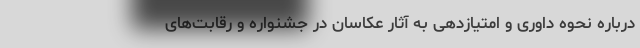
درباره نحوه داوری و امتیازدهی به آثار عکاسان در جشنواره و رقابت‌های